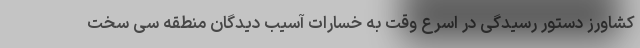
کشاورز دستور رسیدگی‌ در اسرع وقت به خسارات آسیب دیدگان منطقه سی سخت